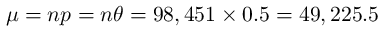
\textstyle \mu = n p = n \theta = 9 8 , 4 5 1 \times 0 . 5 = 4 9 , 2 2 5 . 5